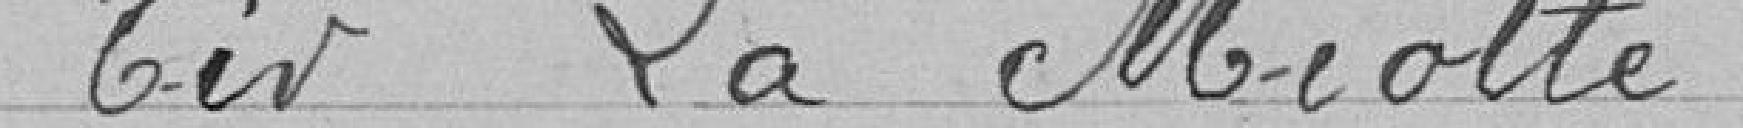
> Tir "La Miotte"